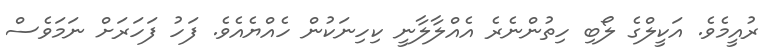
ރުއީމެވެ. އަކީލްގެ ލޯބި ހިތުންނެރެ އެއްލާލާނީ ކިހިނަކުން ހެއްޔެއެވެ. ފަހު ފަަަހަރަށް ނަމަވެސް